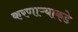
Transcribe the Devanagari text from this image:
करणाऱ्याकडे